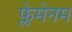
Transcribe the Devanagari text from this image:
फ्लेमेनम